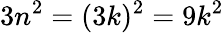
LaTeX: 3n^{2}=(3k)^{2}=9k^{2}